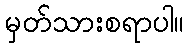
မှတ်သားစရာပါ။